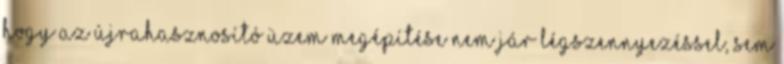
hogy az újrahasznosító üzem megépítése nem jár légszennyezéssel, sem